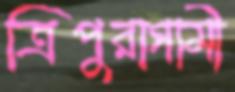
ত্রিপুরাগামী